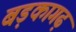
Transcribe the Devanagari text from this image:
बड़कागढ़